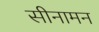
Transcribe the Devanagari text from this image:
सीनामन